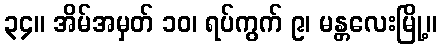
၃၄။ အိမ်အမှတ် ၁၀၊ ရပ်ကွက် ၉၊ မန္တလေးမြို့။